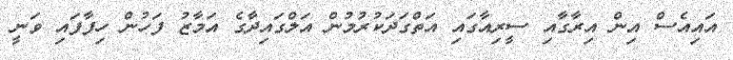
އައިއެސް އިން އިރާގާއި ސީރިއާގައި އަތްގަދަކުރުމުން އަލްގައިދާގެ އަމާޒު ފަހުން ހިފާފައި ވަނީ